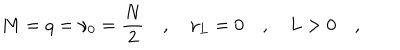
M = q = \nu _ { 0 } = \frac { N } { 2 } \quad , \quad \nu _ { L } = 0 \quad , \quad L > 0 \quad ,